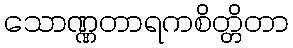
သောဏ္ဏတာရကစိတ္တိတာ